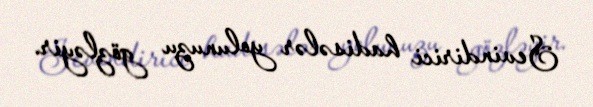
Sevindirici hadisələr yolunuzu gözləyir.